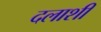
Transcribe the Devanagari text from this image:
दलाशी